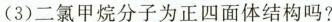
(3)二氯甲烷分子为正四面体结构吗?